Annual report on the working of the lock hospitals in the North-Western Provinces and Oudh
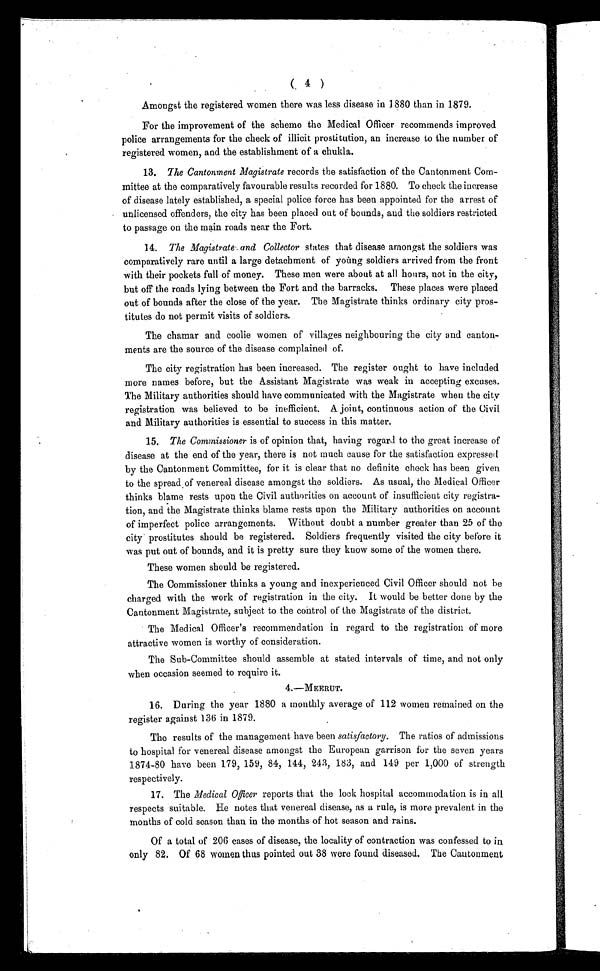
( 4 )
Amongst the registered women there was less disease in 1880 than in 1879.
For the improvement of the scheme the Medical Officer recommends improved
police arrangements for the check of illicit prostitution, an increase to the number of
registered women, and the establishment of a chukla.
13. The Cantonment Magistrate records the satisfaction of the Cantonment Com-
mittee at the comparatively favourable results recorded for 1880. To check the increase
of disease lately established, a special police force has been appointed for the arrest of
unlicensed offenders, the city has been placed out of bounds, and the soldiers restricted
to passage on the main roads near the Fort.
14. The Magistrate and Collector states that disease amongst the soldiers was
comparatively rare until a large detachment of young soldiers arrived from the front
with their pockets full of money. These men were about at all hours, not in the city,
but off the roads lying between the Fort and the barracks. These places were placed
out of bounds after the close of the year. The Magistrate thinks ordinary city pros-
titutes do not permit visits of soldiers.
The chamar and coolie women of villages neighbouring the city and canton-
ments are the source of the disease complained of.
The city registration has been increased. The register ought to have included
more names before, but the Assistant Magistrate was weak in accepting excuses.
The Military authorities should have communicated with the Magistrate when the city
registration was believed to be inefficient. A joint, continuous action of the Civil
and Military authorities is essential to success in this matter.
15. The Commissioner is of opinion that, having regard to the great increase of
disease at the end of the year, there is not much cause for the satisfaction expressed
by the Cantonment Committee, for it is clear that no definite check has been given
to the spread of venereal disease amongst the soldiers. As usual, the Medical Officer
thinks blame rests upon the Civil authorities on account of insufficient city registra-
tion, and the Magistrate thinks blame rests upon the Military authorities on account
of imperfect police arrangements. Without doubt a number greater than 25 of the
city prostitutes should be registered. Soldiers frequently visited the city before it
was put out of bounds, and it is pretty sure they know some of the women there.
These women should be registered.
The Commissioner thinks a young and inexperienced Civil Officer should not be
charged with the work of registration in the city. It would be better done by the
Cantonment Magistrate, subject to the control of the Magistrate of the district.
The Medical Officer's recommendation in regard to the registration of more
attractive women is worthy of consideration.
The Sub-Committee should assemble at stated intervals of time, and not only
when occasion seemed to require it.
4.—MEERUT.
16. During the year 1880 a monthly average of 112 women remained on the
register against 136 in 1879.
The results of the management have been satisfactory. The ratios of admissions
to hospital for venereal disease amongst the European garrison for the seven years
1874-80 have been 179, 159, 84, 144, 243, 183, and 149 per 1,000 of strength
respectively.
17. The Medical Office? reports that the lock hospital accommodation is in all
respects suitable. He notes that venereal disease, as a rule, is more prevalent in the
months of cold season than in the months of hot season and rains.
Of a total of 206 cases of disease, the locality of contraction was confessed to in
only 82. Of 68 women thus pointed out 38 were found diseased. The Cantonment
ra